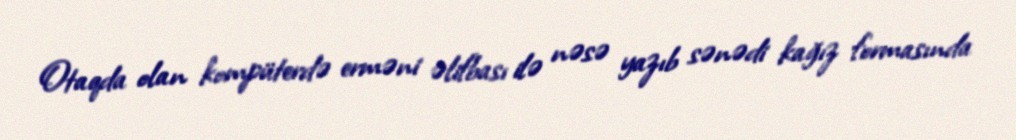
Otaqda olan kompüterdə erməni əlifbası ilə nəsə yazıb sənədi kağız formasında